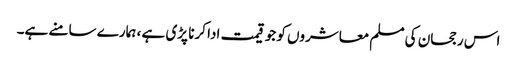
اس رجحان کی مسلم معاشروں کو جو قیمت ادا کرنا پڑی ہے ، ہمارے سامنے ہے۔